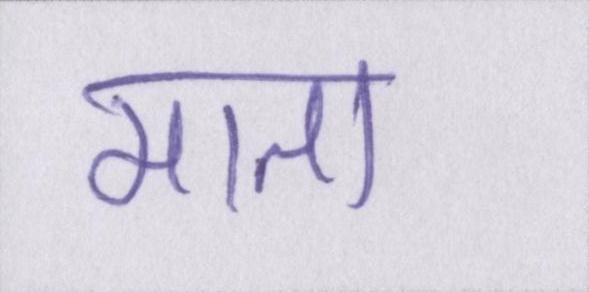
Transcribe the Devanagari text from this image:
माता